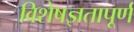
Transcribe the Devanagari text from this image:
विशेषज्ञतापूर्ण